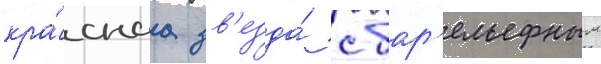
кра́снаа зв'езда́ с бар'ельефным